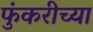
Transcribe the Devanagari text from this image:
फुंकरीच्या